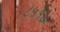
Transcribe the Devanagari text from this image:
८५१०